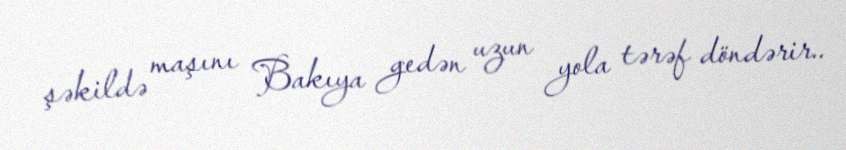
şəkildə maşını Bakıya gedən uzun yola tərəf döndərir..